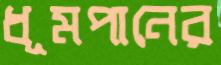
ধূমপানের